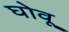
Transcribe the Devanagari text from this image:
घोवू